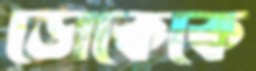
ডোকেকে